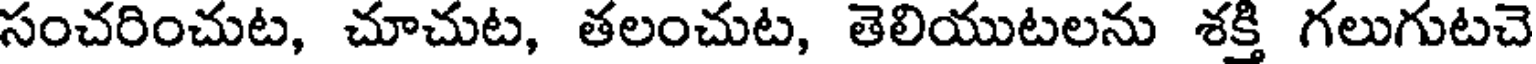
సంచరించుట, చూచుట, తలంచుట, తెలియుటలను శక్తి గలుగుటచె